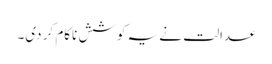
عدالت نے یہ کوشش ناکام کر دی۔